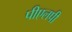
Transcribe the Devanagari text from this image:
पीएलपी